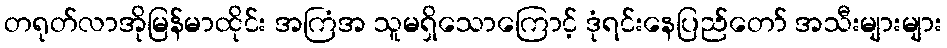
တရုတ်လာအိုမြန်မာထိုင်း အကြံအ သူမရှိသောကြောင့် ဒုံရင်းနေပြည်တော် အသီးများများ